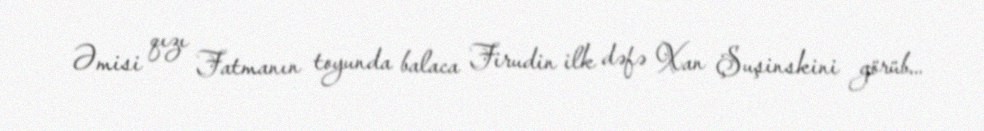
Əmisi qızı Fatmanın toyunda balaca Firudin ilk dəfə Xan Şuşinskini görüb...